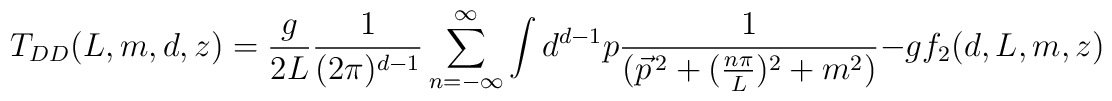
T_{DD}(L,m,d,z)=\frac{g}{2L}\frac{1}{(2\pi)^{d-1}}\sum_{n=-\infty}^{\infty}\int d^{d-1}p\frac{1}{(\vec{p}^{\,2}+(\frac{n\pi}{L})^{2}+m^{2})}-gf_{2}(d,L,m,z)